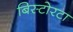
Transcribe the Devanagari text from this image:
बिस्टोरटा